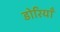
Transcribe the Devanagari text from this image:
डोरियाँ